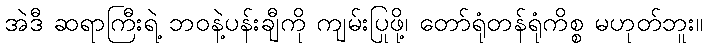
အဲဒီ ဆရာကြီးရဲ့ ဘဝနဲ့ပန်းချီကို ကျမ်းပြုဖို့၊ တော်ရုံတန်ရုံကိစ္စ မဟုတ်ဘူး။